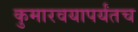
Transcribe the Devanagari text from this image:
कुमारवयापर्यंतच